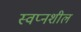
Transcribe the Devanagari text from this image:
स्वप्नशील